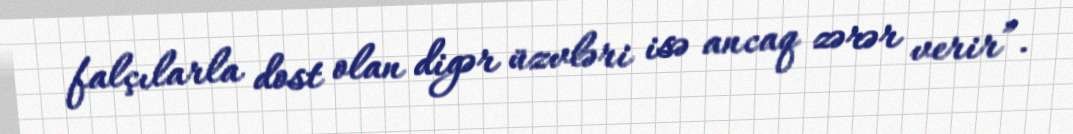
falçılarla dost olan digər üzvləri isə ancaq zərər verir”.